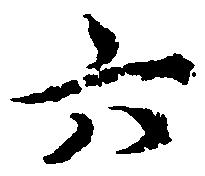
六